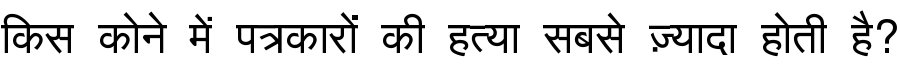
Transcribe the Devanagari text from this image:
किस कोने में पत्रकारों की हत्या सबसे ज़्यादा होती है?